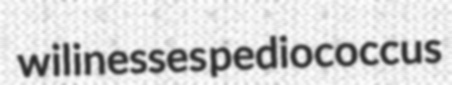
wilinesses pediococcus